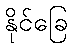
နိုင်ခြေ